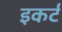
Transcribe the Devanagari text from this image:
इकर्ट